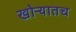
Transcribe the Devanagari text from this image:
खोऱ्यातच